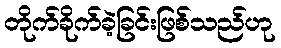
တိုက်ခိုက်ခဲ့ခြင်းဖြစ်သည်ဟု